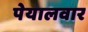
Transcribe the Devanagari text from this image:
पेयालवार